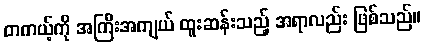
တကယ့်ကို အကြီးအကျယ် ထူးဆန်းသည့် အရာလည်း ဖြစ်သည်။